Indian journal of veterinary science and animal husbandry - Volume 3,
Year: 1933
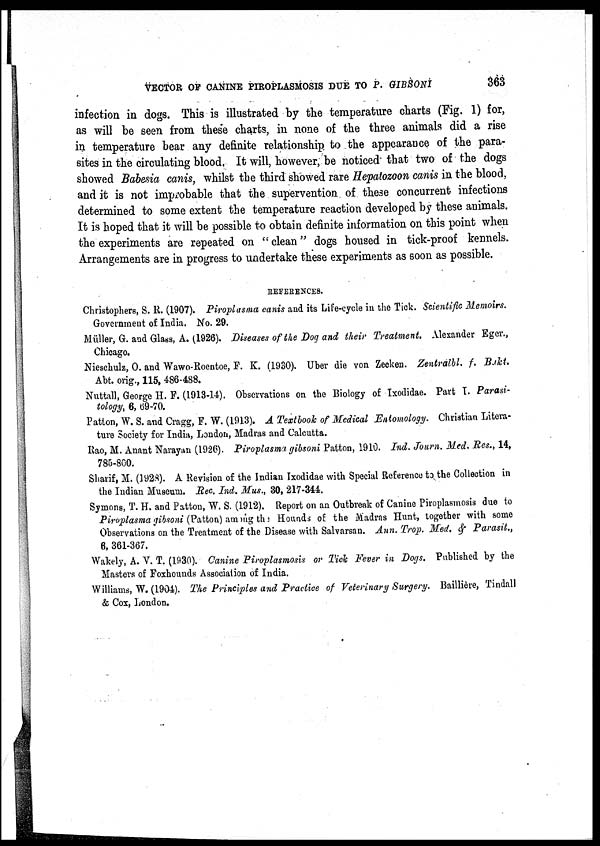
VECTOR OF CANINE PIROPLASMOSIS DUE TO P.
GIBSONI
363
infection in dogs. This is illustrated by the temperature charts (Fig. 1) for,
as will be seen from these charts, in none of the three animals did a rise
in temperature bear any definite relationship to the appearance of the para-
sites in the circulating blood. It will, however, be noticed that two of the dogs
showed Babesia canis, whilst the third showed rare Hepatozoon canis in the blood,
and it is not improbable that the supervention of these concurrent infections
determined to some extent the temperature reaction developed by these animals.
It is hoped that it will be possible to obtain definite information on this point when
the experiments are repeated on " clean" dogs housed in tick-proof kennels.
Arrangements are in progress to undertake these experiments as soon as possible.
REFERENCES.
Christophers, S. R. (1907). Piroplasma canis and its Life-cycle in the Tick. Scientific Memoirs.
Government of India. No. 29.
Müller, G. and Glass, A. (1926). Diseases of the Dog and their Treatment. Alexander Eger.,
Chicago.
Nieschulz, O. and Wawo-Roentoe, F. K. (1930). Uber die von Zecken. Zentralbl. f, Bakt.
Abt. orig., 115, 486-488.
Nuttall, George H. F. (1913-14). Observations on the Biology of Ixodidae. Part I. Parasi-
tology, 6, 69-70.
Patton, W. S. and Cragg, F. W. (1913). A Textbook of Medical Entomology. Christian Litera-
ture Society for India, London, Madras and Calcutta.
Rao, M. Anant Narayan (1926). Piroplasma gibsoni Patton, 1910. Ind. Journ. Med. Res., 14,
785-800.
Sharif, M. (1928). A Revision of the Indian Ixodidae with Special Reference to the Collection in
the Indian Museum. Rec. Ind. Mus., 30, 217-344.
Symons, T. H. and Patton, W. S. (1912). Report on an Outbreak of Canine Piroplasmosis due to
Piroplasma gibsoni (Patton) among the Hounds of the Madras Hunt, together with some
Observations on the Treatment of the Disease with Salvarsan. Ann. Trop. Med. & Parasit.,
6, 361-367.
Wakely, A. V. T. (1930). Canine Piroplasmosis or Tick Fever in Dogs. Published by the
Masters of Foxhounds Association of India.
Williams, W. (1904). The Principles and Practice of Veterinary Surgery. Baillière, Tindall
& Cox, London.